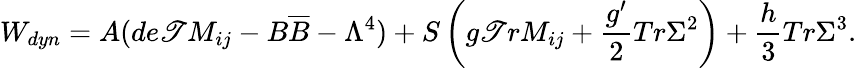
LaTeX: W_{dyn}=A(de\mathscr{T}M_{ij}-B\overline{{{{B}}}}-\Lambda^{4})+S\left(g\mathscr{T}rM_{ij}+\frac{{g^{\prime}}}{{2}}Tr\Sigma^{2}\right)+\frac{{h}}{{3}}Tr\Sigma^{3}.